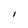
Character: 1